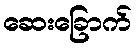
ဆေးခြောက်